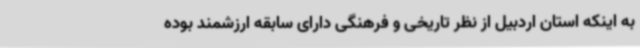
به اینکه استان اردبیل از نظر تاریخی و فرهنگی دارای سابقه ارزشمند بوده